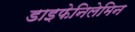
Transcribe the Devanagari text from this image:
डाइफेनिलेमिन